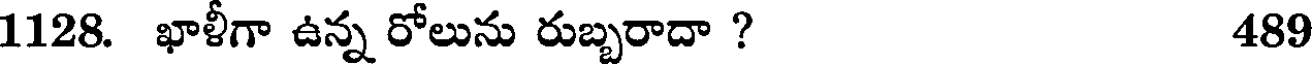
1128. ఖాళీగా ఉన్న రోలును రుబ్బరాదా ? 489